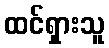
ထင်ရှားသူ